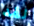
لقد